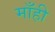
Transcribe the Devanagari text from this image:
माँही